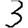
Digit: 3